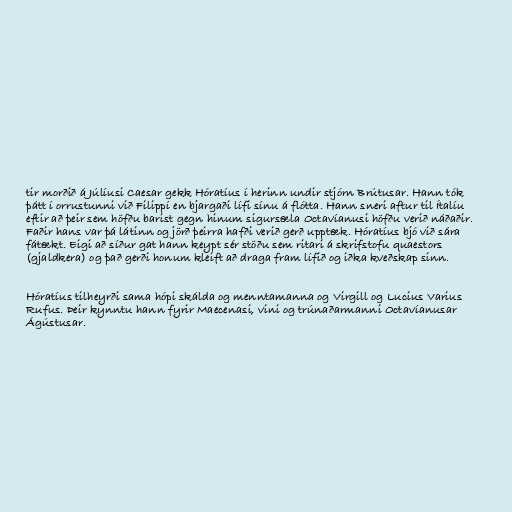
tir morðið á Júlíusi Caesar gekk Hóratíus í herinn undir stjórn Brútusar. Hann tók
þátt í orrustunni við Filippí en bjargaði lífi sínu á flótta. Hann sneri aftur til Ítalíu
eftir að þeir sem höfðu barist gegn hinum sigursæla Octavíanusi höfðu verið náðaðir.
Faðir hans var þá látinn og jörð þeirra hafði verið gerð upptæk. Hóratíus bjó við sára
fátækt. Eigi að síður gat hann keypt sér stöðu sem ritari á skrifstofu quaestors
(gjaldkera) og það gerði honum kleift að draga fram lífið og iðka kveðskap sinn.

Hóratíus tilheyrði sama hópi skálda og menntamanna og Virgill og Lucius Varius
Rufus. Þeir kynntu hann fyrir Maecenasi, vini og trúnaðarmanni Octavíanusar
Ágústusar.